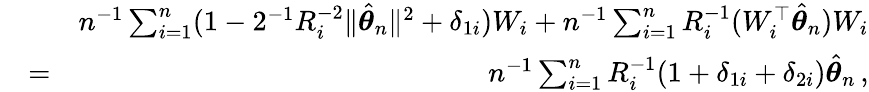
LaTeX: \begin{array}{rlr}&{}&{n^{-1}\sum_{i=1}^{n}(1-2^{-1}R_{i}^{-2}\| \hat{{\boldsymbol\theta}}_{n}\| ^{2}+\delta_{1i})W_{i}+n^{-1}\sum_{i=1}^{n}R_{i}^{-1}(W_{i}^{\top}\hat{{\boldsymbol\theta}}_{n})W_{i}}\\ &{=}&{n^{-1}\sum_{i=1}^{n}R_{i}^{-1}(1+\delta_{1i}+\delta_{2i})\hat{{\boldsymbol\theta}}_{n}\, ,}\end{array}